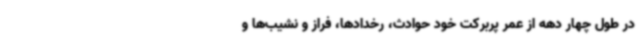
در طول چهار دهه از عمر پربرکت خود حوادث، رخدادها، فراز و نشیب‌ها و